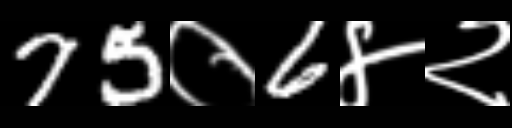
Text: 75०6४२